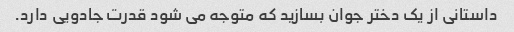
داستانی از یک دختر جوان بسازید که متوجه می شود قدرت جادویی دارد.